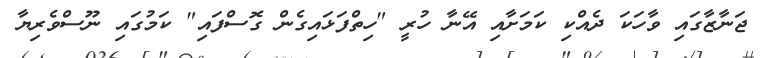
ޖަނާޒާގައި ވާހަކަ ދެއްކި ކަމަށާއި އޭނާ ހުރީ "ހިތްފަޅައިގެން ގޮސްފައި" ކަމުގައި ނޫސްވެރިޔާ